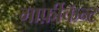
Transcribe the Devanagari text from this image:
मार्फ़ीकॅन्ट